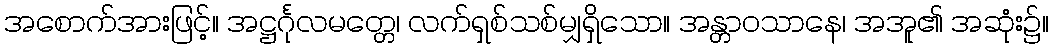
အစောက်အားဖြင့်။ အဋ္ဌင်္ဂုလမတ္တေ၊ လက်ရှစ်သစ်မျှရှိသော။ အန္တာဝသာနေ၊ အအူ၏ အဆုံး၌။